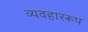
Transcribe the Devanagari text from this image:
व्यवहाररूप